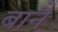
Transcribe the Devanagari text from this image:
बानैं